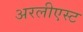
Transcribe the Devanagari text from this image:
अरलीएस्ट